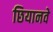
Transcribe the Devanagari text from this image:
छियानवे